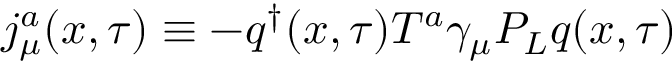
j _ { \mu } ^ { a } ( x , \tau ) \equiv - q ^ { \dag } ( x , \tau ) T ^ { a } { \gamma } _ { \mu } P _ { L } q ( x , \tau )